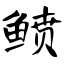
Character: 鲼